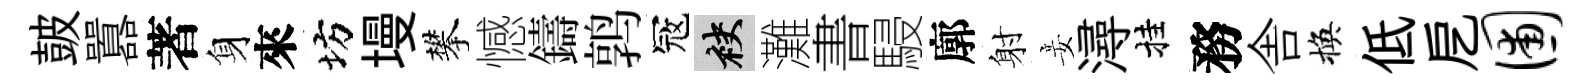
皷囂著身來坊墁攀憾鑄鹑冦袂灘書駸廓射妾潯挂務舎換低戹圃